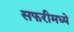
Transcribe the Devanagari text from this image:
सफरीमध्ये